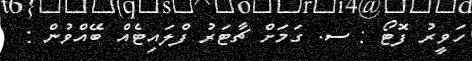
ހަވީރު ފޮޓޯ : ސ. ގަމަށް ޗާޓަރު ފްލައިޓެއް ބޭއްވުން :